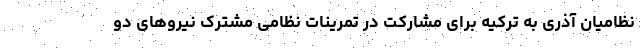
نظامیان آذری به ترکیه برای مشارکت در تمرینات نظامی مشترک نیروهای دو